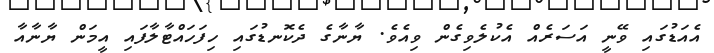
އެއަޑުގައި ވޭނީ އަސަރެއް އެކުލެވިގެން ވިއެވެ. ޔާނާގެ ދެކޮނޑުގައި ހިފަހައްޓާލާފައި އީމަން ޔާނާއާ